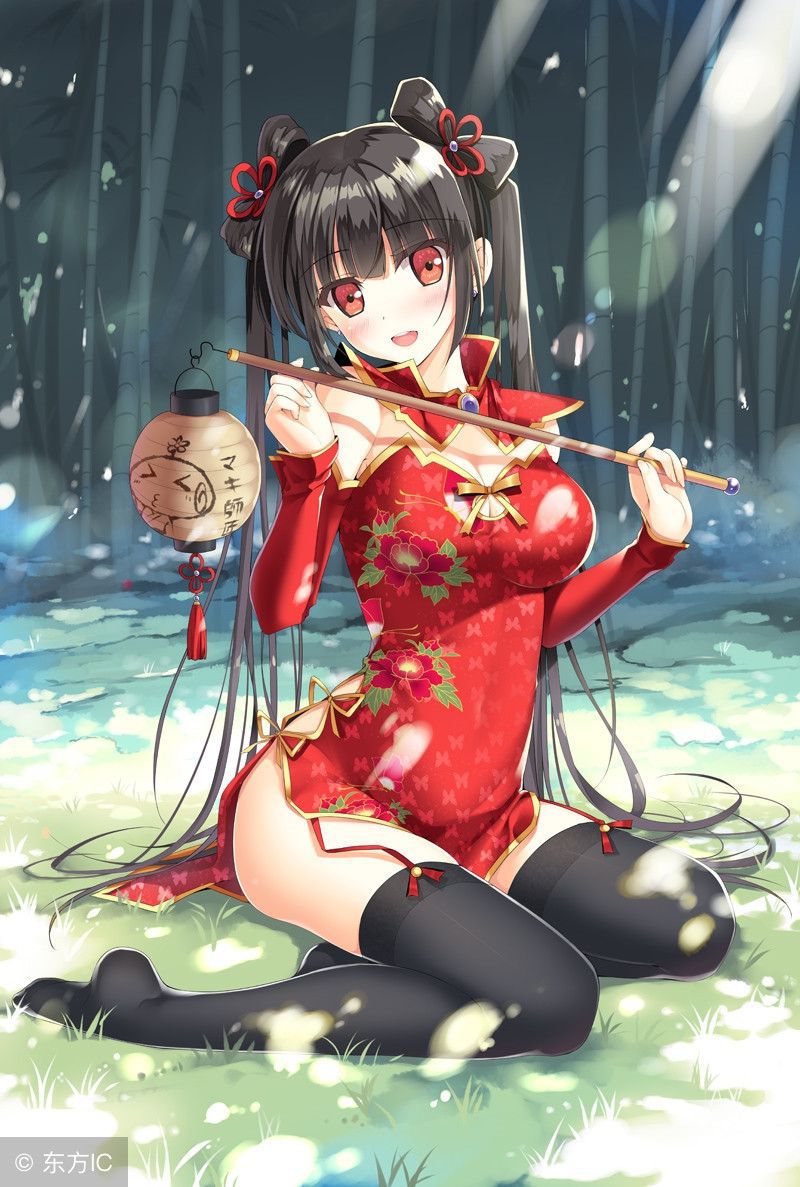
西风稍急喧窗竹，停又续，腻脸悬双玉。